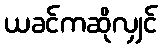
ယခင်ကဆိုလျှင်